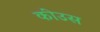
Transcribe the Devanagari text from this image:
कीउस